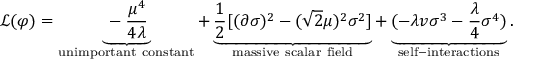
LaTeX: { \mathcal { L } } ( \varphi ) = \underbrace { - { \frac { \mu ^ { 4 } } { 4 \lambda } } } _ { \mathrm { u n i m p o r t a n t ~ c o n s t a n t } } + \underbrace { { \frac { 1 } { 2 } } [ ( \partial \sigma ) ^ { 2 } - ( { \sqrt { 2 } } \mu ) ^ { 2 } \sigma ^ { 2 } ] } _ { \mathrm { m a s s i v e ~ s c a l a r ~ f i e l d } } + \underbrace { ( - \lambda v \sigma ^ { 3 } - { \frac { \lambda } { 4 } } \sigma ^ { 4 } ) } _ { \mathrm { s e l f - i n t e r a c t i o n s } } .